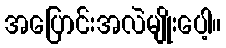
အပြောင်းအလဲမျိုးပေါ့။